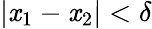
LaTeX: |\mathit{x}_{1}-\mathit{x}_{2}|<\delta